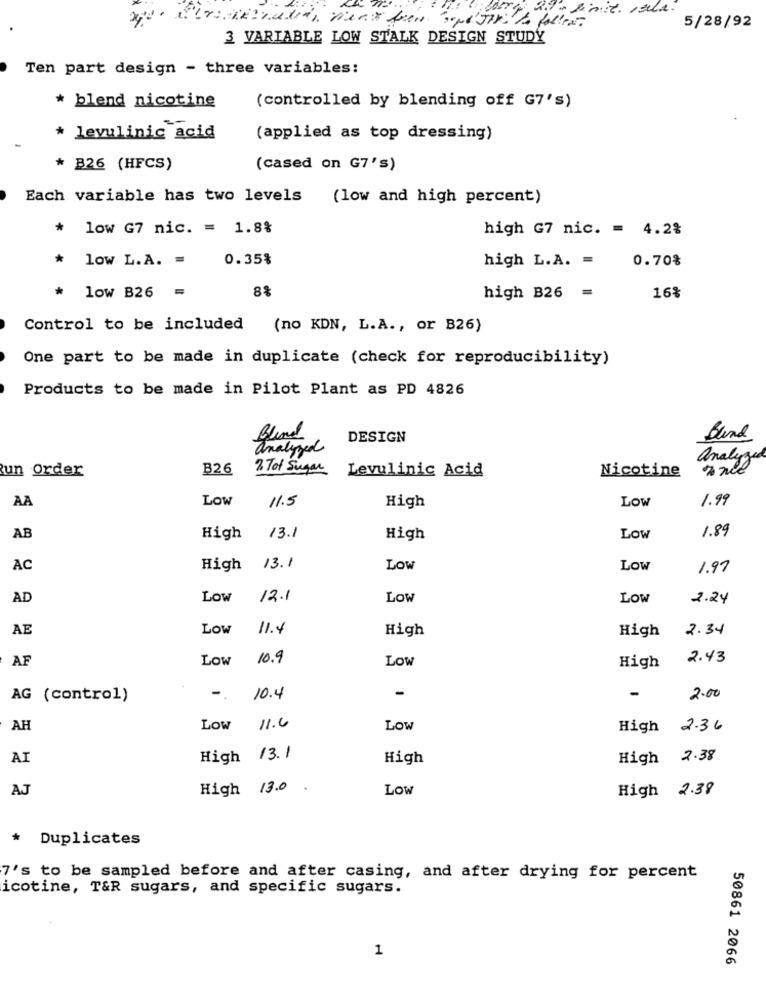
5/28/92
3 VARIABLE LOW STALK DESIGN STUDY
Ten part design - three variables:
* blend nicotine
(controlled by blending off G7's)
* levulinic acid
(applied as top dressing)
* B26 (HFCS)
(cased on G7's)
Each variable has two levels
(low and high percent)
* low G7 nic. = 1.8%
high G7 nic. = 4.2%
* low L.A. =
0.35%
high L.A. =
0.70%
*
8%
low B26 =
high B26 =
16%
Control to be included (no KDN, L.A ., or B26)
One part to be made in duplicate (check for reproducibility)
Products to be made in Pilot Plant as PD 4826
Blind
DESIGN
Bland
analyzed
analyze
un Order
B26
Z Tof Sugar
Nicotine
Levulinic Acid
AA
Low
11.5
LOW
1.99
High
1.89
AB
High
13.1
High
Low
AC
High 13.1
LOW
Low
1.97
AD
LOW
12.1
Low
Low
2.24
AE
Low
11.4
High
High
2.34
AF
Low
10.9
Low
2.43
High
-
-
-
AG (control)
-.
10.4
2.00
AH
Low
11.4
LOW
High 2.36
AI
High /3.1
High
High 2.38
AJ
High 13.0 .
LOW
High 2.38
* Duplicates
7's to be sampled before and after casing, and after drying for percent
icotine, T&R sugars, and specific sugars.
1
50861 2066